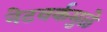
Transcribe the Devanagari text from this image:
नेटवर्कमुळे